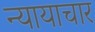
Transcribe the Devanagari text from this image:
न्यायाचार